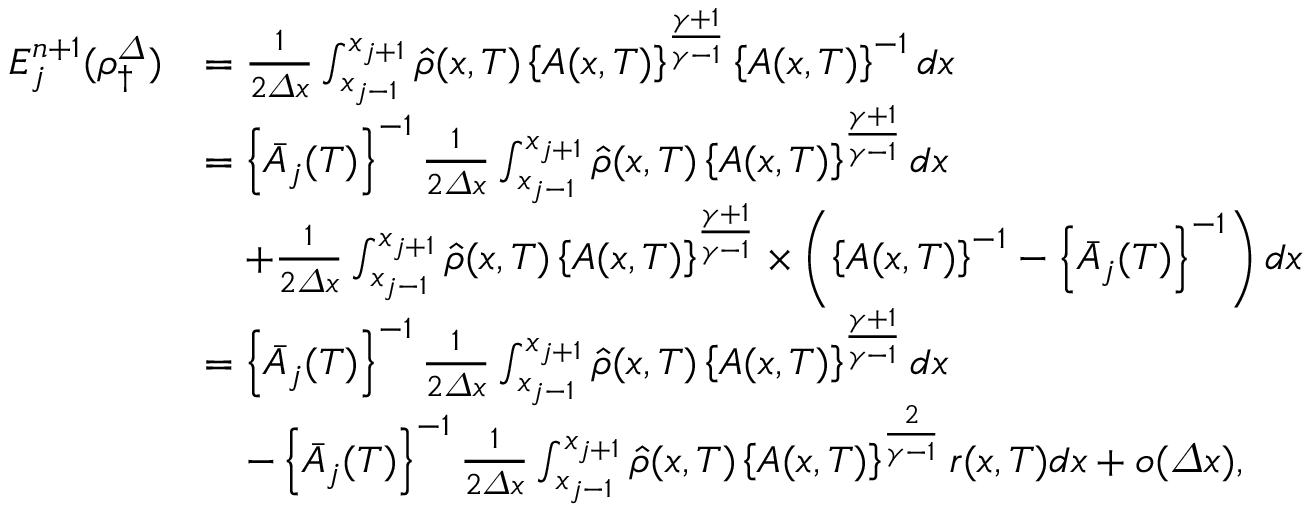
\begin{array} { r l } { E _ { j } ^ { n + 1 } ( \rho _ { \dagger } ^ { \varDelta } ) } & { = \frac 1 { 2 { \varDelta } x } \int _ { x _ { j - 1 } } ^ { x _ { j + 1 } } \hat { \rho } ( x , T ) \left\{ A ( x , T ) \right\} ^ { \frac { \gamma + 1 } { \gamma - 1 } } \left\{ A ( x , T ) \right\} ^ { - 1 } d x } \\ & { = \left\{ \bar { A } _ { j } ( T ) \right\} ^ { - 1 } \frac 1 { 2 { \varDelta } x } \int _ { x _ { j - 1 } } ^ { x _ { j + 1 } } \hat { \rho } ( x , T ) \left\{ A ( x , T ) \right\} ^ { \frac { \gamma + 1 } { \gamma - 1 } } d x } \\ & { \quad + \frac 1 { 2 { \varDelta } x } \int _ { x _ { j - 1 } } ^ { x _ { j + 1 } } \hat { \rho } ( x , T ) \left\{ A ( x , T ) \right\} ^ { \frac { \gamma + 1 } { \gamma - 1 } } \times \left( \left\{ A ( x , T ) \right\} ^ { - 1 } - \left\{ \bar { A } _ { j } ( T ) \right\} ^ { - 1 } \right) d x } \\ & { = \left\{ \bar { A } _ { j } ( T ) \right\} ^ { - 1 } \frac 1 { 2 { \varDelta } x } \int _ { x _ { j - 1 } } ^ { x _ { j + 1 } } \hat { \rho } ( x , T ) \left\{ A ( x , T ) \right\} ^ { \frac { \gamma + 1 } { \gamma - 1 } } d x } \\ & { \quad - \left\{ \bar { A } _ { j } ( T ) \right\} ^ { - 1 } \frac 1 { 2 { \varDelta } x } \int _ { x _ { j - 1 } } ^ { x _ { j + 1 } } \hat { \rho } ( x , T ) \left\{ A ( x , T ) \right\} ^ { \frac { 2 } { \gamma - 1 } } r ( x , T ) d x + o ( { \varDelta } x ) , } \end{array}